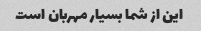
این از شما بسیار مهربان است